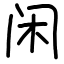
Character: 闲